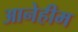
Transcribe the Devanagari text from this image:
आनेहीम